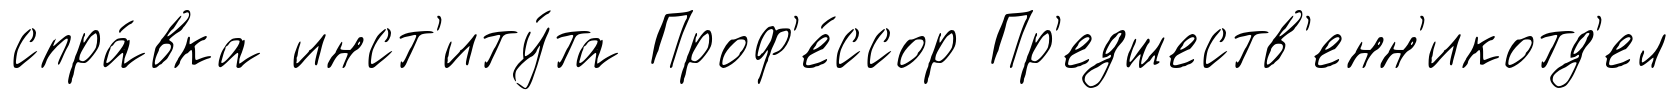
спра́вка инст'иту́та Проф'е́ссор Пр'едшеств'енн'икотд'ел